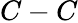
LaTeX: C-C